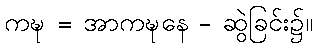
ကဍ္ဎ = အာကဍ္ဎနေ - ဆွဲခြင်း၌။